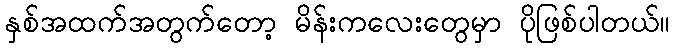
နှစ်အထက်အတွက်တော့ မိန်းကလေးတွေမှာ ပိုဖြစ်ပါတယ်။